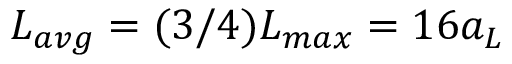
L _ { a v g } = ( 3 / 4 ) L _ { m a x } = 1 6 a _ { L }